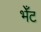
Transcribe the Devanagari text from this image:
भेँट